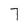
Character: 7